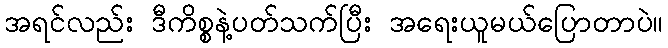
အရင်လည်း ဒီကိစ္စနဲ့ပတ်သက်ပြီး အရေးယူမယ်ပြောတာပဲ။